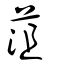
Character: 菹